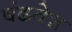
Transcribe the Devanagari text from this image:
षंढवेश